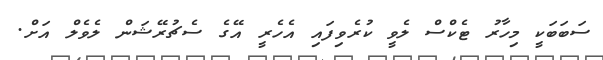
ސަބަބަކީ މިހާރު ޓެކްސް ލެވީ ކުރެވިފައި އެހެރީ އޭގެ ސެޗުރޭޝަން ލެވެލް އަށް.